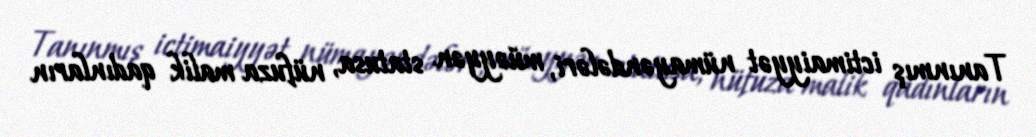
Tanınmış ictimaiyyət nümayəndələri, müəyyən statusa, nüfuza malik qadınların